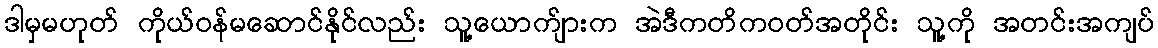
ဒါမှမဟုတ် ကိုယ်ဝန်မဆောင်နိုင်လည်း သူ့ယောက်ျားက အဲဒီကတိကဝတ်အတိုင်း သူ့ကို အတင်းအကျပ်